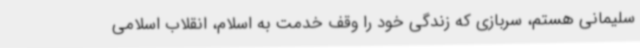
سلیمانی هستم، سربازی که زندگی خود را وقف خدمت به اسلام، انقلاب اسلامی